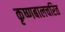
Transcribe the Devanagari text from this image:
कृष्णबालचरित